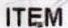
ITEM